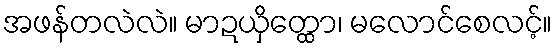
အဖန်တလဲလဲ။ မာဍယှိတ္ထော၊ မလောင်စေလင့်။